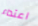
اعتداء